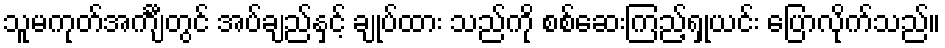
သူမကုတ်အင်္ကျီတွင် အပ်ချည်နှင့် ချုပ်ထား သည်ကို စစ်ဆေးကြည့်ရှုယင်း ပြောလိုက်သည်။